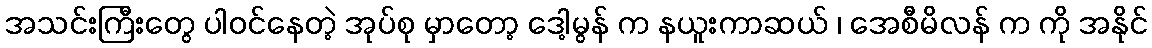
အသင်းကြီးတွေ ပါဝင်နေတဲ့ အုပ်စု မှာတော့ ဒေါ့မွန် က နယူးကာဆယ် ၊ အေစီမိလန် က ကို အနိုင်